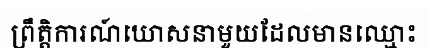
ព្រឹត្តិការណ៍ឃោសនាមួយដែលមានឈ្មោះ